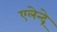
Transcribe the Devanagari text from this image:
एलेन्द्रे